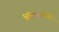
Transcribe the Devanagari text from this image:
तिथिस्वामींचे